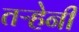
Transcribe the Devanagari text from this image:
तऱ्हेनी